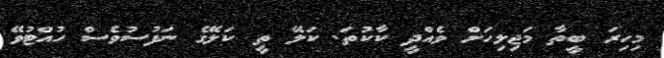
މިހިރަ ބީތާ މަޖިލިހަށް ވެއްދީ ކާކުތަ. ކަލޭ ތީ ކަލޭގެ ނަފުސުވެސް ހުއްޓުވޭ